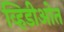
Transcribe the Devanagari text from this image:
व्हिडीओत